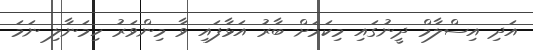
އަދި އިސްލާމް ދީނުގައި މިކަމަށް ބާރު އަޅާފައި ވާ މިންވަރު ހިމަނާލި ނަމަ